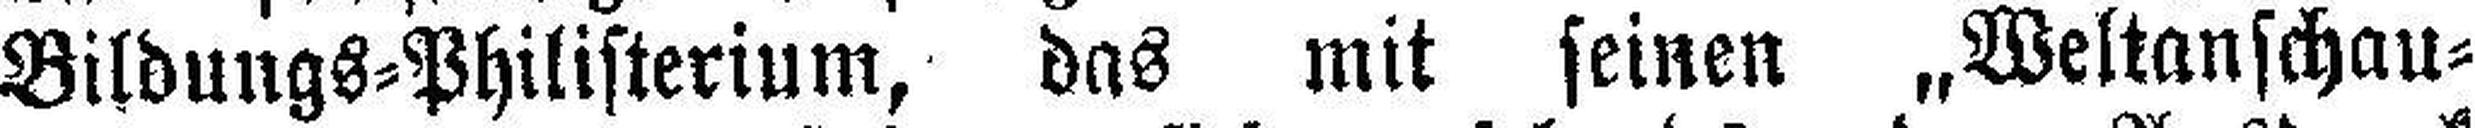
Bildungs=Philisterium, das mit seinen „Weltanschau¬